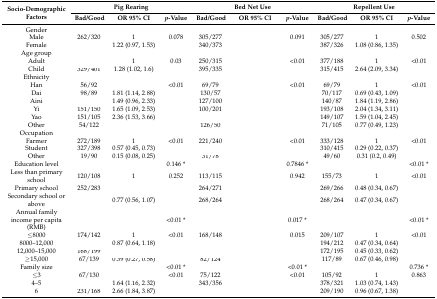
<table><thead><tr><td rowspan="2"><b>Socio-Demographic Factors</b></td><td colspan="3"><b>Pig Rearing</b></td><td colspan="3"><b>Bed Net Use</b></td><td colspan="3"><b>Repellent Use</b></td></tr><tr><td><b>Bad/Good</b></td><td><b>OR 95% CI</b></td><td><b><i>p</i>-Value</b></td><td><b>Bad/Good</b></td><td><b>OR 95% CI</b></td><td><b><i>p</i>-Value</b></td><td><b>Bad/Good</b></td><td><b>OR 95% CI</b></td><td><b><i>p</i>-Value</b></td></tr></thead><tbody><tr><td>Gender</td><td>[EMPTY_CELL]</td><td>[EMPTY_CELL]</td><td>[EMPTY_CELL]</td><td>[EMPTY_CELL]</td><td>[EMPTY_CELL]</td><td>[EMPTY_CELL]</td><td>[EMPTY_CELL]</td><td>[EMPTY_CELL]</td><td>[EMPTY_CELL]</td></tr><tr><td>Male</td><td>262/320</td><td>1</td><td>0.078</td><td>305/277</td><td>[EMPTY_CELL]</td><td>0.091</td><td>305/277</td><td>1</td><td>0.502</td></tr><tr><td>Female</td><td>[EMPTY_CELL]</td><td>1.22 (0.97, 1.53)</td><td>[EMPTY_CELL]</td><td>340/373</td><td>[EMPTY_CELL]</td><td>[EMPTY_CELL]</td><td>387/326</td><td>1.08 (0.86, 1.35)</td><td>[EMPTY_CELL]</td></tr><tr><td>Age group</td><td>[EMPTY_CELL]</td><td>[EMPTY_CELL]</td><td>[EMPTY_CELL]</td><td>[EMPTY_CELL]</td><td>[EMPTY_CELL]</td><td>[EMPTY_CELL]</td><td>[EMPTY_CELL]</td><td>[EMPTY_CELL]</td><td>[EMPTY_CELL]</td></tr><tr><td>Adult</td><td>[EMPTY_CELL]</td><td>1</td><td>0.03</td><td>250/315</td><td>[EMPTY_CELL]</td><td>&lt;0.01</td><td>377/188</td><td>1</td><td>&lt;0.01</td></tr><tr><td>Child</td><td>329/401</td><td>1.28 (1.02, 1.6)</td><td>[EMPTY_CELL]</td><td>395/335</td><td>[EMPTY_CELL]</td><td>[EMPTY_CELL]</td><td>315/415</td><td>2.64 (2.09, 3.34)</td><td>[EMPTY_CELL]</td></tr><tr><td>Ethnicity</td><td>[EMPTY_CELL]</td><td>[EMPTY_CELL]</td><td>[EMPTY_CELL]</td><td>[EMPTY_CELL]</td><td>[EMPTY_CELL]</td><td>[EMPTY_CELL]</td><td>[EMPTY_CELL]</td><td>[EMPTY_CELL]</td><td>[EMPTY_CELL]</td></tr><tr><td>Han</td><td>56/92</td><td>[EMPTY_CELL]</td><td>&lt;0.01</td><td>69/79</td><td>[EMPTY_CELL]</td><td>&lt;0.01</td><td>69/79</td><td>1</td><td>&lt;0.01</td></tr><tr><td>Dai</td><td>98/89</td><td>1.81 (1.14, 2.88)</td><td>[EMPTY_CELL]</td><td>130/57</td><td>[EMPTY_CELL]</td><td>[EMPTY_CELL]</td><td>70/117</td><td>0.69 (0.43, 1.09)</td><td>[EMPTY_CELL]</td></tr><tr><td>Aini</td><td>[EMPTY_CELL]</td><td>1.49 (0.96, 2.33)</td><td>[EMPTY_CELL]</td><td>127/100</td><td>[EMPTY_CELL]</td><td>[EMPTY_CELL]</td><td>140/87</td><td>1.84 (1.19, 2.86)</td><td>[EMPTY_CELL]</td></tr><tr><td>Yi</td><td>151/150</td><td>1.65 (1.09, 2.53)</td><td>[EMPTY_CELL]</td><td>100/201</td><td>[EMPTY_CELL]</td><td>[EMPTY_CELL]</td><td>193/108</td><td>2.04 (1.34, 3.11)</td><td>[EMPTY_CELL]</td></tr><tr><td>Yao</td><td>151/105</td><td>2.36 (1.53, 3.66)</td><td>[EMPTY_CELL]</td><td>[EMPTY_CELL]</td><td>[EMPTY_CELL]</td><td>[EMPTY_CELL]</td><td>149/107</td><td>1.59 (1.04, 2.45)</td><td>[EMPTY_CELL]</td></tr><tr><td>Other</td><td>54/122</td><td>[EMPTY_CELL]</td><td>[EMPTY_CELL]</td><td>126/50</td><td>[EMPTY_CELL]</td><td>[EMPTY_CELL]</td><td>71/105</td><td>0.77 (0.49, 1.23)</td><td>[EMPTY_CELL]</td></tr><tr><td>Occupation</td><td>[EMPTY_CELL]</td><td>[EMPTY_CELL]</td><td>[EMPTY_CELL]</td><td>[EMPTY_CELL]</td><td>[EMPTY_CELL]</td><td>[EMPTY_CELL]</td><td>[EMPTY_CELL]</td><td>[EMPTY_CELL]</td><td>[EMPTY_CELL]</td></tr><tr><td>Farmer</td><td>272/189</td><td>1</td><td>&lt;0.01</td><td>221/240</td><td>[EMPTY_CELL]</td><td>&lt;0.01</td><td>333/128</td><td>1</td><td>&lt;0.01</td></tr><tr><td>Student</td><td>327/398</td><td>0.57 (0.45, 0.73)</td><td>[EMPTY_CELL]</td><td>[EMPTY_CELL]</td><td>[EMPTY_CELL]</td><td>[EMPTY_CELL]</td><td>310/415</td><td>0.29 (0.22, 0.37)</td><td>[EMPTY_CELL]</td></tr><tr><td>Other</td><td>19/90</td><td>0.15 (0.08, 0.25)</td><td>[EMPTY_CELL]</td><td>31/78</td><td>[EMPTY_CELL]</td><td>[EMPTY_CELL]</td><td>49/60</td><td>0.31 (0.2, 0.49)</td><td>[EMPTY_CELL]</td></tr><tr><td>Education level</td><td>[EMPTY_CELL]</td><td>[EMPTY_CELL]</td><td>0.146 *</td><td>[EMPTY_CELL]</td><td>[EMPTY_CELL]</td><td>0.7846 *</td><td>[EMPTY_CELL]</td><td>[EMPTY_CELL]</td><td>&lt;0.01 *</td></tr><tr><td>Less than primary school</td><td>120/108</td><td>1</td><td>0.252</td><td>113/115</td><td>[EMPTY_CELL]</td><td>0.942</td><td>155/73</td><td>1</td><td>&lt;0.01</td></tr><tr><td>Primary school</td><td>252/283</td><td>[EMPTY_CELL]</td><td>[EMPTY_CELL]</td><td>264/271</td><td>[EMPTY_CELL]</td><td>[EMPTY_CELL]</td><td>269/266</td><td>0.48 (0.34, 0.67)</td><td>[EMPTY_CELL]</td></tr><tr><td>Secondary school or above</td><td>[EMPTY_CELL]</td><td>0.77 (0.56, 1.07)</td><td>[EMPTY_CELL]</td><td>268/264</td><td>[EMPTY_CELL]</td><td>[EMPTY_CELL]</td><td>268/264</td><td>0.47 (0.34, 0.67)</td><td>[EMPTY_CELL]</td></tr><tr><td>Annual family income per capita (RMB)</td><td>[EMPTY_CELL]</td><td>[EMPTY_CELL]</td><td>&lt;0.01 *</td><td>[EMPTY_CELL]</td><td>[EMPTY_CELL]</td><td>0.017 *</td><td colspan="2">[EMPTY_CELL]</td><td>&lt;0.01 *</td></tr><tr><td>≤8000</td><td>174/142</td><td>1</td><td>&lt;0.01</td><td>168/148</td><td>[EMPTY_CELL]</td><td>0.015</td><td>209/107</td><td>1</td><td>&lt;0.01</td></tr><tr><td>8000–12,000</td><td>[EMPTY_CELL]</td><td>0.87 (0.64, 1.18)</td><td>[EMPTY_CELL]</td><td>[EMPTY_CELL]</td><td>[EMPTY_CELL]</td><td>[EMPTY_CELL]</td><td>194/212</td><td>0.47 (0.34, 0.64)</td><td>[EMPTY_CELL]</td></tr><tr><td>12,000–15,000</td><td>168/199</td><td>[EMPTY_CELL]</td><td>[EMPTY_CELL]</td><td>[EMPTY_CELL]</td><td>[EMPTY_CELL]</td><td>[EMPTY_CELL]</td><td>172/195</td><td>0.45 (0.33, 0.62)</td><td>[EMPTY_CELL]</td></tr><tr><td>≥15,000</td><td>67/139</td><td>0.39 (0.27, 0.58)</td><td>[EMPTY_CELL]</td><td>82/124</td><td>[EMPTY_CELL]</td><td>[EMPTY_CELL]</td><td>117/89</td><td>0.67 (0.46, 0.98)</td><td>[EMPTY_CELL]</td></tr><tr><td>Family size</td><td>[EMPTY_CELL]</td><td>[EMPTY_CELL]</td><td>&lt;0.01 *</td><td>[EMPTY_CELL]</td><td>[EMPTY_CELL]</td><td>&lt;0.01 *</td><td colspan="2">[EMPTY_CELL]</td><td>0.736 *</td></tr><tr><td>≤3</td><td>67/130</td><td>[EMPTY_CELL]</td><td>&lt;0.01</td><td>75/122</td><td>[EMPTY_CELL]</td><td>&lt;0.01</td><td>105/92</td><td>1</td><td>0.863</td></tr><tr><td>4–5</td><td>[EMPTY_CELL]</td><td>1.64 (1.16, 2.32)</td><td>[EMPTY_CELL]</td><td>343/356</td><td>[EMPTY_CELL]</td><td>[EMPTY_CELL]</td><td>378/321</td><td>1.03 (0.74, 1.43)</td><td>[EMPTY_CELL]</td></tr><tr><td>6</td><td>231/168</td><td>2.66 (1.84, 3.87)</td><td>[EMPTY_CELL]</td><td>[EMPTY_CELL]</td><td>[EMPTY_CELL]</td><td>[EMPTY_CELL]</td><td>209/190</td><td>0.96 (0.67, 1.38)</td><td>[EMPTY_CELL]</td></tr></tbody></table>